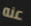
عنه